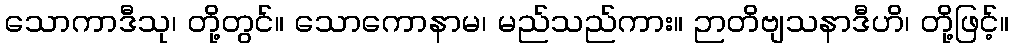
သောကာဒီသု၊ တို့တွင်။ သောကောနာမ၊ မည်သည်ကား။ ဉာတိဗျသနာဒီဟိ၊ တို့ဖြင့်။